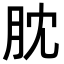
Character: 䏙